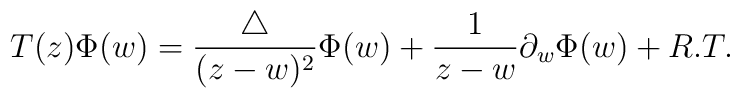
T(z) \Phi(w) = \frac{\bigtriangleup}{(z - w)^{2}}\Phi(w)  +  \frac{1}{z -w}\partial_{w}{\Phi(w)}  +  R.T.